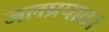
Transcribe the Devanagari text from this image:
जलप्रपात।